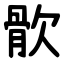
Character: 䯉